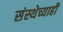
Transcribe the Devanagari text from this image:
संस्थेच्याही